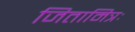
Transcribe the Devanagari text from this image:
जितामित्रः